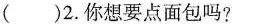
( )2.你想要点面包吗?